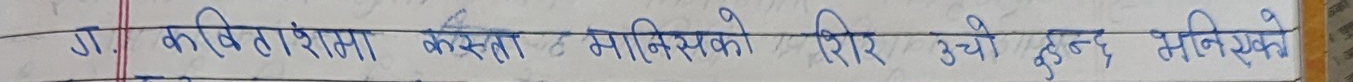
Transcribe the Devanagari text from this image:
ग/. कविताशमा कस्ता मानिसको शिर उचो हुन्छ, लेख्नुहोस ।